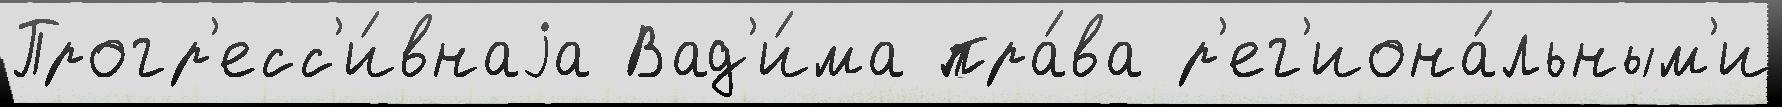
Прогр'есс'и́внаjа Вад'и́ма пра́ва р'ег'иона́льным'и